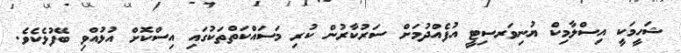
ޝަހީމަކީ އިސްލާމިކް ޔުނިވަރސިޓީ އުފެއްދުމަށް ސަރުކާރުން ކުރި މަސައްކަތްތަކުގައި އިސްކޮށް އުޅުއްވި ބޭފުޅެކެވެ.